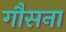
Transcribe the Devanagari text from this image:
गौसना